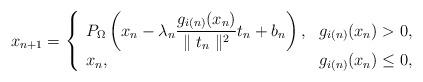
LaTeX: \begin{align*}x_{n+1}=\left\{\begin{array}[c]{ll}P_{\Omega}\left( x_{n}-\displaystyle\lambda_{n}{\frac{g_{i(n)}(x_{n})}{\parallel t_{n}\parallel^{2}}}t_{n}+b_{n}\right) , & g_{i(n)}(x_{n})>0,\\x_{n}, & g_{i(n)}(x_{n})\leq0,\end{array}\right. \end{align*}